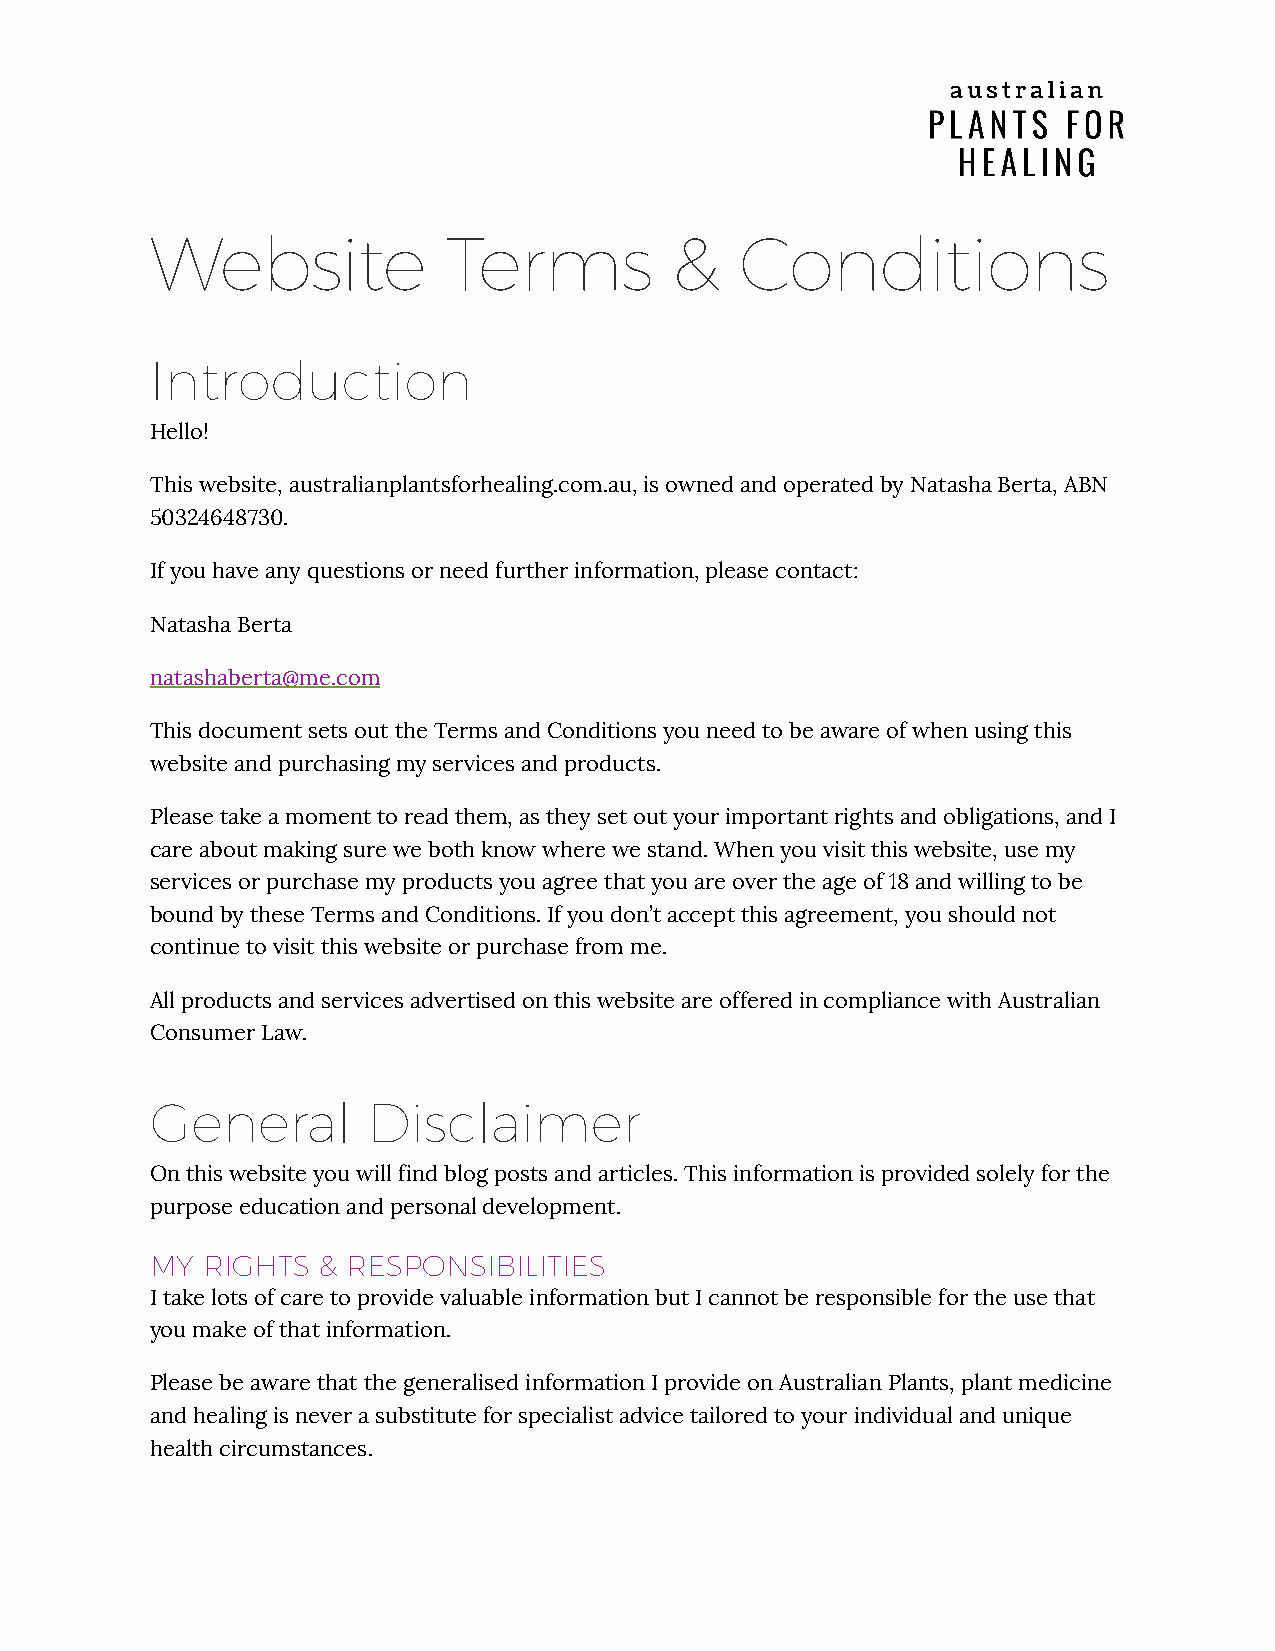
Website             Terms          &   Conditions
 Introduction
 Hello!
 This website, australianplantsforhealing.com.au, is owned and operated by Natasha Berta, ABN
 50324648730.
 If you have any questions or need further information, please contact:
 Natasha Berta
 natashaberta@me.com
 This document sets out the Terms and Conditions you need to be aware of when using this
 website and purchasing my services and products.
 Please take a moment to read them, as they set out your important rights and obligations, and I
 care about making sure we both know where we stand. When you visit this website, use my
 services or purchase my products you agree that you are over the age of 18 and willing to be
 bound by these Terms and Conditions. If you don’t accept this agreement, you should not
 continue to visit this website or purchase from me.
 All products and services advertised on this website are offered in compliance with Australian
 Consumer Law.
 General       Disclaimer
 On this website you will find blog posts and articles. This information is provided solely for the
 purpose education and personal development.
 MY RIGHTS  & RESPONSIBILITIES
 I take lots of care to provide valuable information but I cannot be responsible for the use that
 you make of that information.
 Please be aware that the generalised information I provide on Australian Plants, plant medicine
 and healing is never a substitute for specialist advice tailored to your individual and unique
 health circumstances.